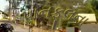
પાનફૂલના